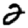
Digit: 2